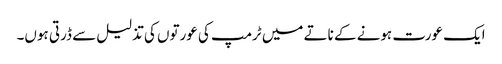
ایک عورت ہونے کے ناتے میں ٹرمپ کی عورتوں کی تذلیل سے ڈرتی ہوں۔